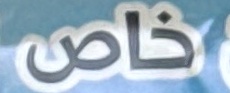
خاص